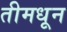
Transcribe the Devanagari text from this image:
तीमधून